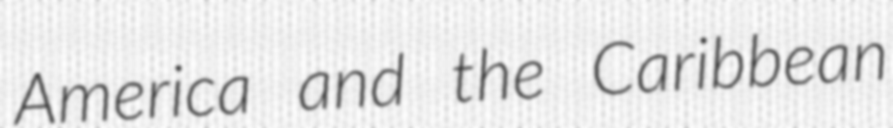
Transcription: America and the Caribbean